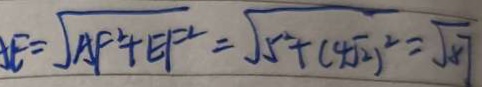
E = \sqrt { A F ^ { 2 } + E F ^ { 2 } } = \sqrt { 5 ^ { 2 } + ( 4 \sqrt { 2 } ) ^ { 2 } } = \sqrt { 8 7 }